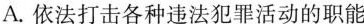
A.依法打击各种违法犯罪活动的职能